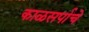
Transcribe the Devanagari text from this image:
काळसर्पाचे